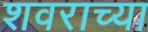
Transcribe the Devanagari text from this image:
शवराच्या